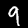
Label: 9